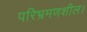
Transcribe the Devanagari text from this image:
परिभ्रमणशील।